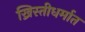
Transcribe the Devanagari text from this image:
ख्रिस्तीधर्मात